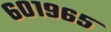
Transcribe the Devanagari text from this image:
६०१९६५